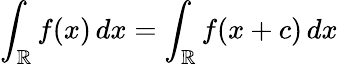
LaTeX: \int_{\mathbb{R}}f(x)\, dx=\int_{\mathbb{R}}f(x+c)\, dx